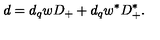
d = d _ { q } w D _ { + } + d _ { q } w ^ { \ast } D _ { + } ^ { \ast } .